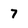
Character: 7